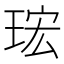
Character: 𤥠